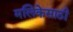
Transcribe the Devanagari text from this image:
मलिकेसाठी